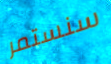
سنستمر